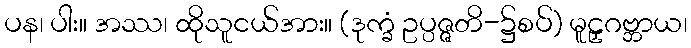
ပန၊ ပါး။ အဿ၊ ထိုသူငယ်အား။ (ဒုက္ခံ ဥပ္ပဇ္ဇတိ-၌စပ်) မူဠှဂဗ္ဘာယ၊